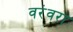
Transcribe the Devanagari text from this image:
वरंवरा